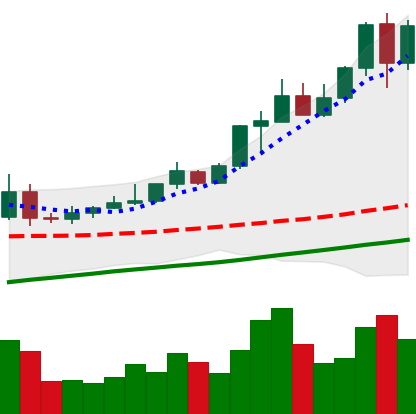
Ticker: XMR-USD
Chart end date: 2020-08-03
Forward return: 6.472%
Label: up_5_7